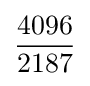
{\frac {4096}{2187}}